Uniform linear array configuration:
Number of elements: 32
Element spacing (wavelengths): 0.5
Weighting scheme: hamming
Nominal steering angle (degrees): -45
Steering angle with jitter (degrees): -46.775
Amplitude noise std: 0.05
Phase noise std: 0.05

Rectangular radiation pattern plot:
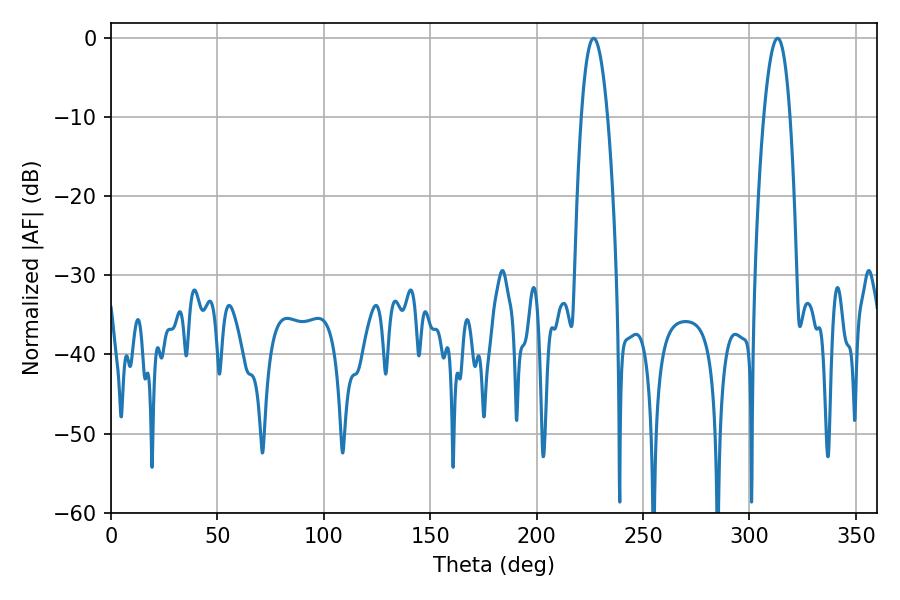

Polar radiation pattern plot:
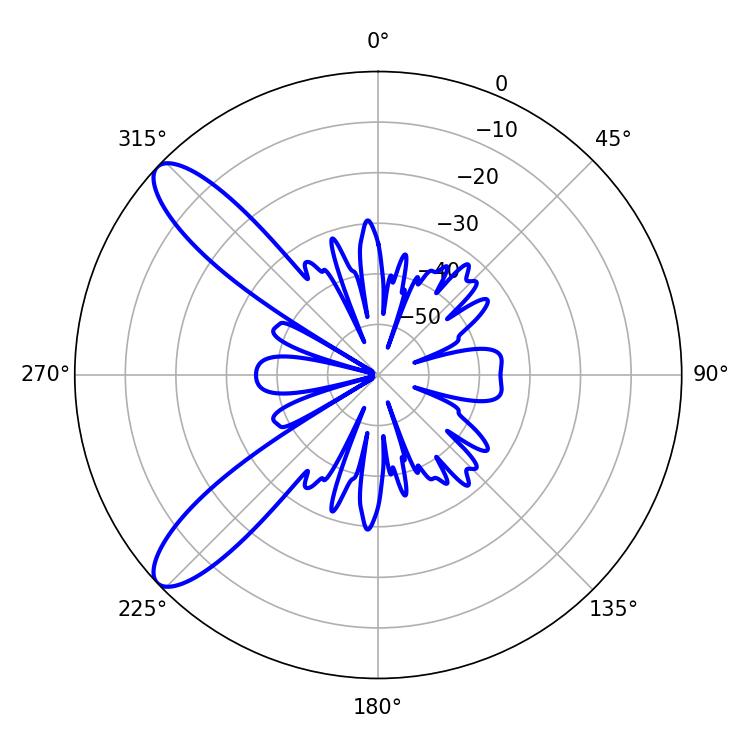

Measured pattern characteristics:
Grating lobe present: FALSE
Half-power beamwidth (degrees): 6.66
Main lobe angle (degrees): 226.8